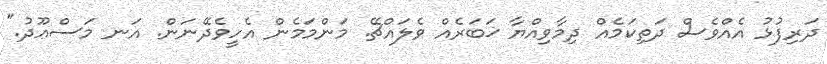
ދަރިފުޅު އެއްވެސް ދަތިކަމެއް ދިމާވިއްޔާ ޚަބަރެއް ވެލައްޗޭ. މަންމަމެން އެހީވެދޭނަން. އަނ މަސްޢޫދު."